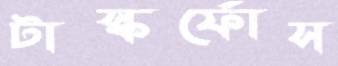
টাস্কর্ফোস